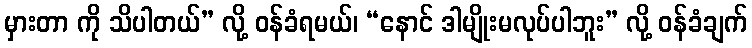
မှားတာ ကို သိပါတယ်” လို့ ဝန်ခံရမယ်၊ “နောင် ဒါမျိုးမလုပ်ပါဘူး” လို့ ဝန်ခံချက်